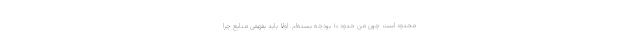
محدود است چون من حدود ۱۰ بودجه بسته‌ام. اولا باید بفهمی منابع چرا